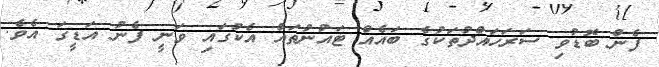
ފެން ބޮޑުވި ސަރަހައްދުތަކުގެ ބައެއް ޓައުނުތައް އެކުގައި ވަނީ ފެނު އަޑީގަ އެވެ.